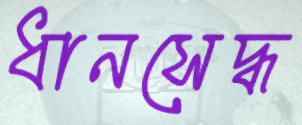
ধানসেদ্ধ